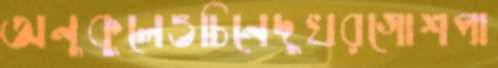
অনুকূলেওচিনেদুখরগোশপা